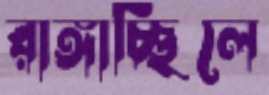
রাঙ্গাচ্ছিলে